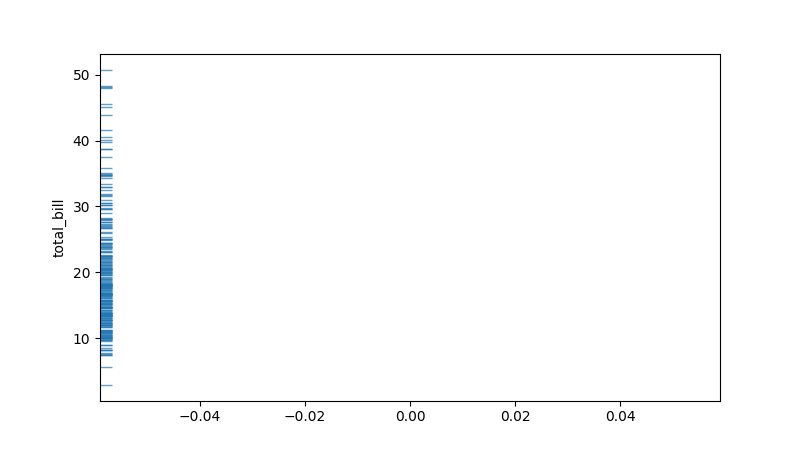
python, seaborn, rugplot, height=0.02, axis='y', alpha=0.7